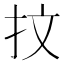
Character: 抆